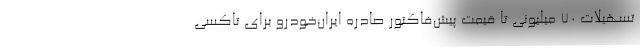
تسهیلات ۷۰ میلیونی تا قیمت پیش‌فاکتور صادره ایران‌خودرو برای تاکسی